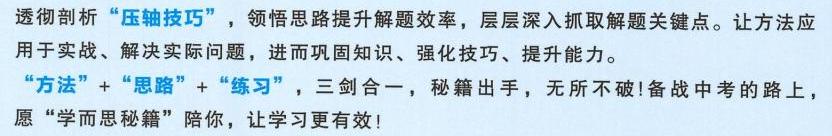
透彻剖析“压轴技巧”，领悟思路提升解题效率，层层深入抓取解题关键点。让方法应用于实战、解决实际问题，进而巩固知识、强化技巧、提升能力。
“方法”+“思路”+“练习”，三剑合一，秘籍出手，无所不破!备战中考的路上，愿“学而思秘籍”陪你，让学习更有效！